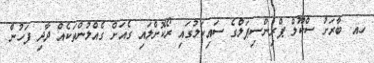
ހއ. ބާރަށު ސްކޫލް ޕްރިންސިޕަލްގެ ސައިކަލުގައި ރޯކޮށްލައި ގެއަށް ގެއްލުންތަކެއް ދާދި ފަހުން